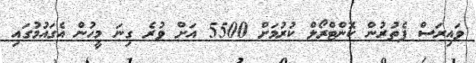
ވައިރަސް ފެތުރުން ކޮންޓްރޯލް ކުރުމަށް 5500 އަށް ވުރެ ގިނަ މީހުން އެގައުމުގައި